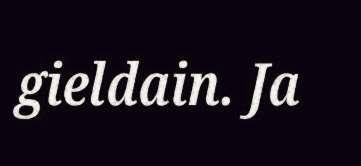
gieldain. Ja